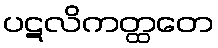
ပဋလိကတ္ထတေ